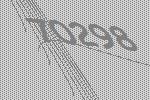
70298